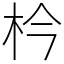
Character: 枔